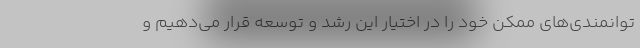
توانمندی‌های ممکن خود را در اختیار این رشد و توسعه قرار می‌دهیم و